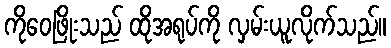
ကိုဝေဖြိုးသည် ထိုအရုပ်ကို လှမ်းယူလိုက်သည်။